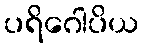
ပရိဂေါပိယ